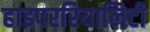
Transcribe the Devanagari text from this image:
हाइपररियालिटी